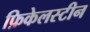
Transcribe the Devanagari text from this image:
फ़िकेलस्टीन